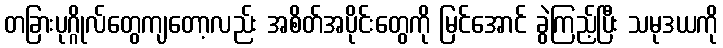
တခြားပုဂ္ဂိုလ်တွေကျတော့လည်း အစိတ်အပိုင်းတွေကို မြင်အောင် ခွဲကြည့်ပြီး သမုဒယကို